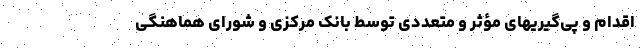
اقدام‌ و پی‌گیریهای مؤثر و متعددی توسط بانک مرکزی و شورای هماهنگی